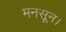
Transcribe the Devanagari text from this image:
मनसून।